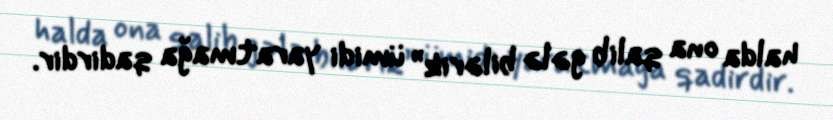
halda ona qalib gələ bilərik” ümidi yaratmağa qadirdir.